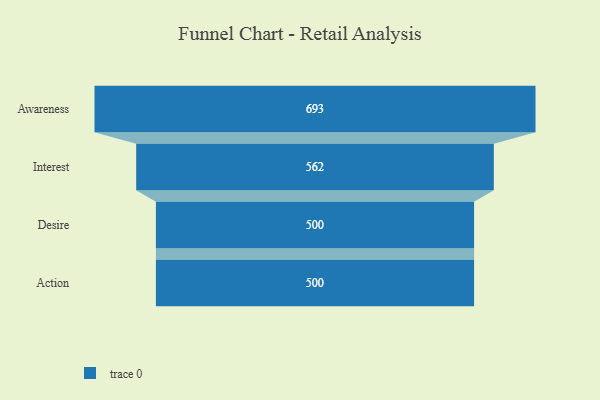
{"axis": {"x": "Stage", "y": "Value"}, "legend": [""], "data": [{"x": "Awareness", "y": 693.0, "type": ""}, {"x": "Interest", "y": 562.0, "type": ""}, {"x": "Desire", "y": 500, "type": ""}, {"x": "Action", "y": 500, "type": ""}]}